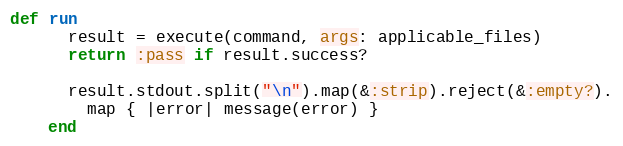
Language: Ruby
def run
      result = execute(command, args: applicable_files)
      return :pass if result.success?

      result.stdout.split("\n").map(&:strip).reject(&:empty?).
        map { |error| message(error) }
    end